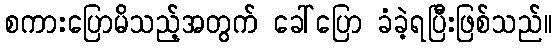
စကားပြောမိသည့်အတွက် ခေါ်ပြော ခံခဲ့ရပြီးဖြစ်သည်။